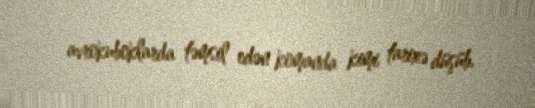
avrokuboklarda təmsil edən komanda kimi tarixə düşüb.